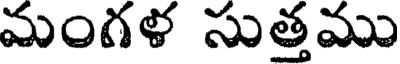
మంగళ సుత్తము